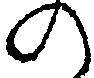
の